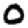
Digit: 0